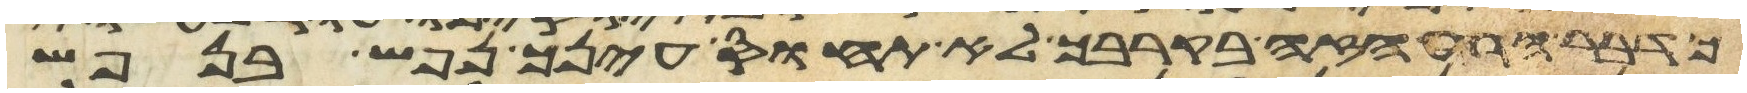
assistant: כדבר הרע הזה בקרבך לא תחוס עינך נפש בנפש